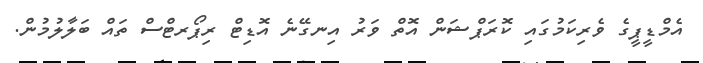
އެމްޑީޕީގެ ވެރިކަމުގައި ކޮރަޕްޝަން އޮތް ވަރު އިނގޭނެ އޮޑިޓް ރިޕޯރޓްސް ތައް ބަލާލުމުން.